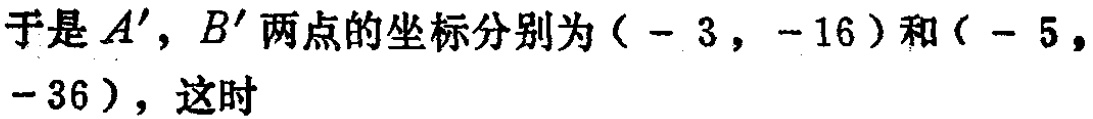
于是 \(A'\)，\(B'\) 两点的坐标分别为\(( - 3, - 16)\)和\(( - 5, - 36)\)，这时